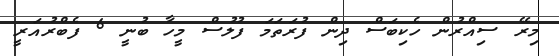
މިރޭ ސިއްރުން ހެކިބަސް ދިން ފުރަތަމަ ފުލުސް މީހާ ބުނީ 6 ފެބްރުއަރީ